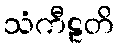
သံကီဠတိ